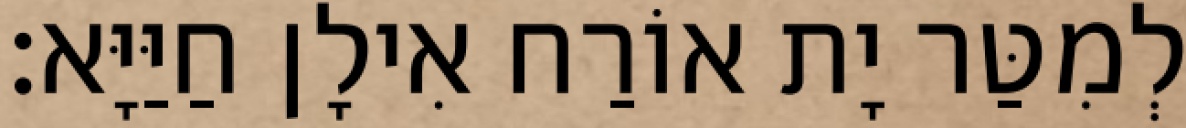
לְמִטַּר יָת אוֹרַח אִילָן חַיַּיָּא׃